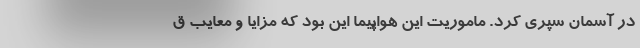
در آسمان سپری کرد. ماموریت این هواپیما این بود که مزایا و معایب ق